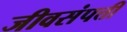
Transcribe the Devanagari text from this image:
जीवसंपत्ती